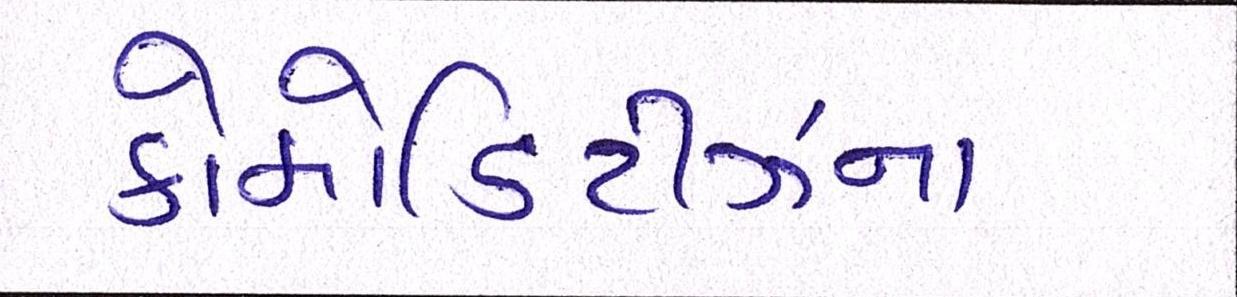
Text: કોમોડિટીઝના